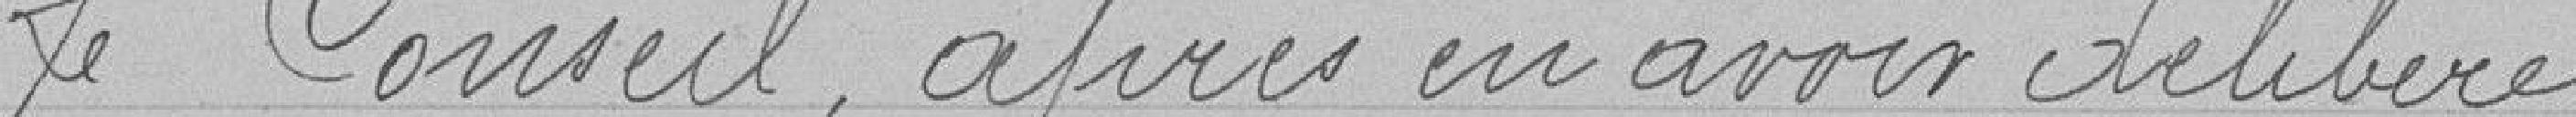
Le Conseil, après en avoir délibéré